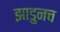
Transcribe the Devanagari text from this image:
झाडुनच